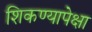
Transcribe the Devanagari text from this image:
शिकण्यापेक्षा